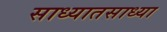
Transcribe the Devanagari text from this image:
साध्यातसाध्या